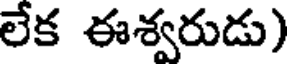
లేక ఈశ్వరుడు)